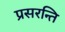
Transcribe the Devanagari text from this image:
प्रसरन्ति